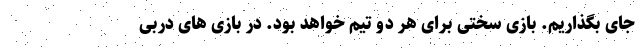
جای بگذاریم. بازی سختی برای هر دو تیم خواهد بود. در بازی های دربی